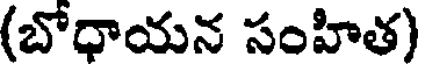
(బోధాయన సంహిత)